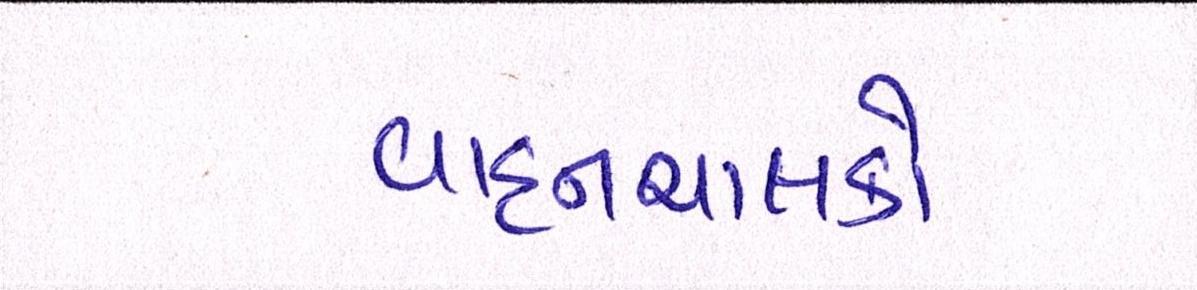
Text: વાહનચાલકો